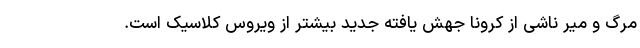
مرگ و میر ناشی از کرونا جهش یافته جدید بیشتر از ویروس کلاسیک است.